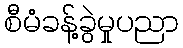
စီမံခန့်ခွဲမှုပညာ